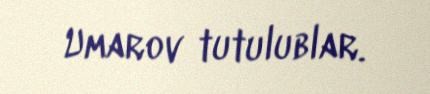
Umarov tutulublar.